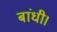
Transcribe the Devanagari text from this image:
बांधी।